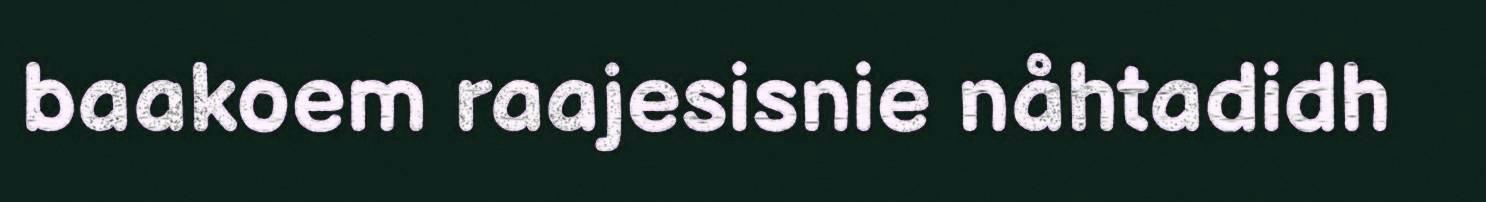
baakoem raajesisnie nåhtadidh